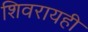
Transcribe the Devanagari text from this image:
शिवरायही